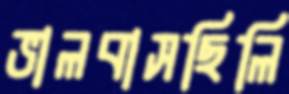
ভালবাসছিলি